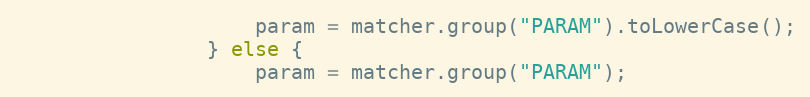
Language: Java
					param = matcher.group("PARAM").toLowerCase();
				} else {
					param = matcher.group("PARAM");